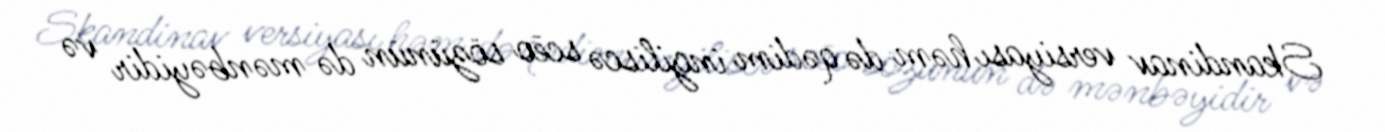
Skandinav versiyası həm də qədim ingiliscə scēo sözünün də mənbəyidir və